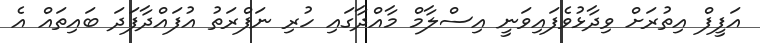
އަފީފް އިތުރަށް ވިދާޅުވެފައިވަނީ އިސްލާމް މާއްދާގައި ހުރި ނަފްރަތު އުފައްދާފަދަ ބައިތައް އެ